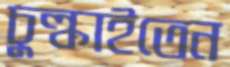
চুল্‌কাইতেন